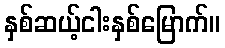
နှစ်ဆယ့်ငါးနှစ်မြောက်။